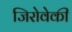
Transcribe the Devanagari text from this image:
जिरोवेकी